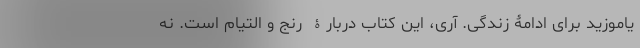
یاموزید برای ادامۀ زندگی. آری، این کتاب دربارۀ رنج و التیام است. نه